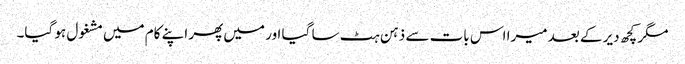
مگر کچھ دیر کے بعد میرا اس بات سے ذہن ہٹ سا گیا اور میں پھر اپنے کام میں مشغول ہو گیا۔